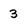
Character: 3